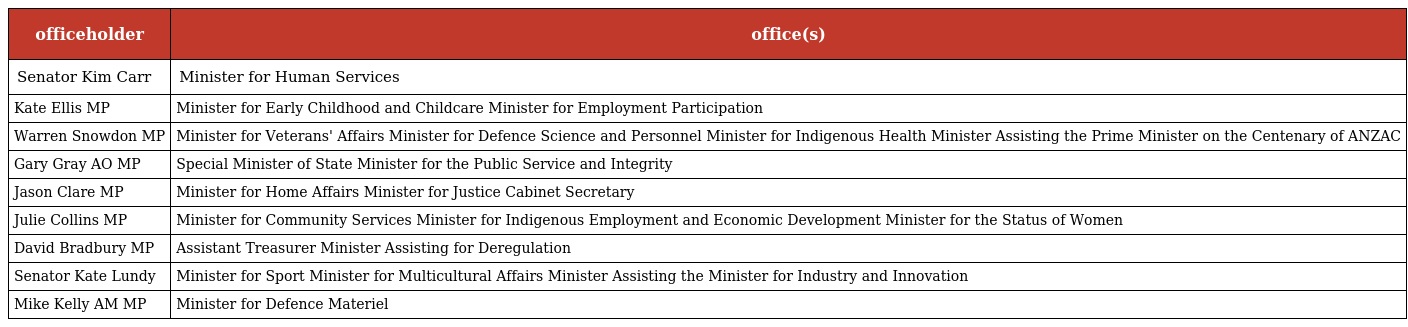
| officeholder | office(s) |
 | --- | --- |
 | Senator Kim Carr | Minister for Human Services |
 | Kate Ellis MP | Minister for Early Childhood and Childcare Minister for Employment Participation |
 | Warren Snowdon MP | Minister for Veterans' Affairs Minister for Defence Science and Personnel Minister for Indigenous Health Minister Assisting the Prime Minister on the Centenary of ANZAC |
 | Gary Gray AO MP | Special Minister of State Minister for the Public Service and Integrity |
 | Jason Clare MP | Minister for Home Affairs Minister for Justice Cabinet Secretary |
 | Julie Collins MP | Minister for Community Services Minister for Indigenous Employment and Economic Development Minister for the Status of Women |
 | David Bradbury MP | Assistant Treasurer Minister Assisting for Deregulation |
 | Senator Kate Lundy | Minister for Sport Minister for Multicultural Affairs Minister Assisting the Minister for Industry and Innovation |
 | Mike Kelly AM MP | Minister for Defence Materiel |